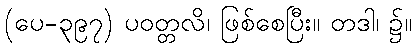
(ပေ-၃၉၇) ပဝတ္တလိ၊ ဖြစ်စေပြီး။ တဒါ၊ ၌။